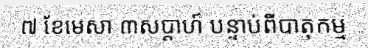
៧ ខែមេសា ៣សប្តាហ៍ បន្ទាប់ពីបាតុកម្ម